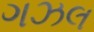
ગઝલ